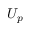
U _ { p }